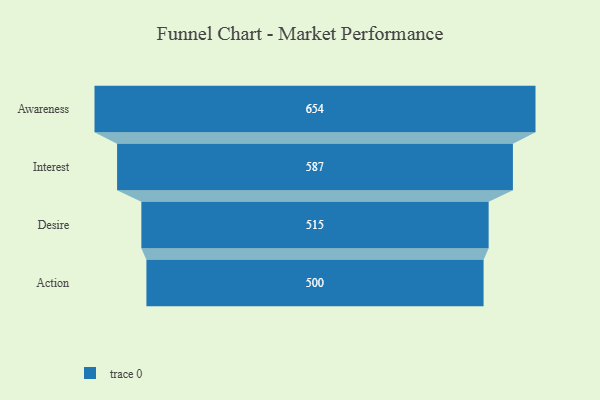
{"axis": {"x": "Stage", "y": "Value"}, "legend": [""], "data": [{"x": "Awareness", "y": 654.0, "type": ""}, {"x": "Interest", "y": 587.0, "type": ""}, {"x": "Desire", "y": 515.0, "type": ""}, {"x": "Action", "y": 500, "type": ""}]}